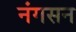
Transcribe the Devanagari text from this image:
नंगसन